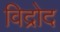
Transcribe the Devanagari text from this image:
विद्रोद